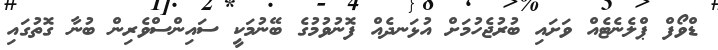
ޑްވޯފް ޕްލެނެޓެއް ވަށައި ބުރުޖެހުމަށް އުޅަނދެއް ފޮނުވުމުގެ ބޭނުމަކީ ސައިންސްވެރިން ބުނާ ގޮތުގައި